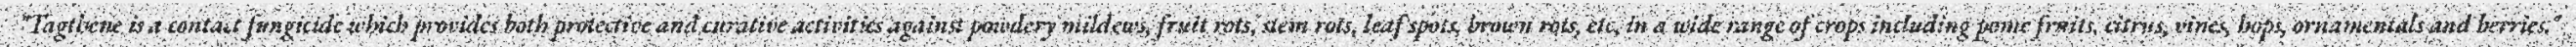
"Tagthene is a contact fungicide which provides both protective and curative activities against powdery mildews, fruit rots, stem rots, leaf spots, brown rots, etc, in a wide range of crops including pome fruits, citrus, vines, hops, ornamentals and berries."